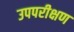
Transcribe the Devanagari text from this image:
उपपरीक्षण